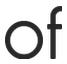
of